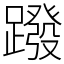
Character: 蹳